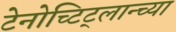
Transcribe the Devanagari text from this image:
टेनोच्टिट्लान्च्या